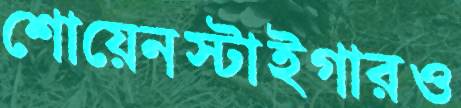
শোয়েনস্টাইগারও